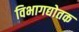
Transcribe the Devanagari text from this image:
विभागद्योतक